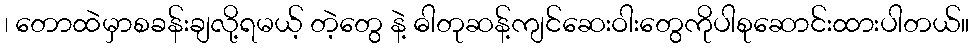
၊ တောထဲမှာစခန်းချလို့ရမယ့် တဲ့တွေ နဲ့ ဓါတုဆန့်ကျင်ဆေးဝါးတွေကိုပါစုဆောင်းထားပါတယ်။